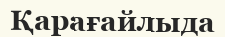
Қарағайлыда